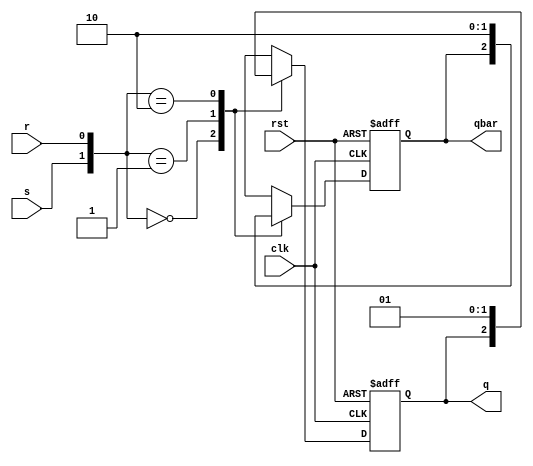
module srFF(s,r,q,rst,qbar,clk);
input s,r,clk,rst;
output reg q,qbar;
always@(posedge clk or posedge rst)
   if (rst)
   begin
       q<=1'b0;
       qbar<=1'b1;
   end
 else begin
case({s,r})
{1'b0,1'b0}: begin q<=q;qbar<=qbar; end
{1'b0,1'b1}: begin q<=1'b0;qbar<=1'b1; end
{1'b1,1'b0}: begin q<=1'b1;qbar<=1'b0; end
{1'b1,1'b1}: begin q<=1'bx; qbar<=1'bx; end
endcase
end
endmodule